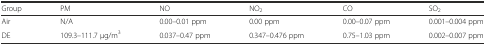
| Group | PM | NO | NO2 | CO | SO2 |
 | --- | --- | --- | --- | --- | --- |
 | Air | N/A | 0.00–0.01 ppm | 0.00 ppm | 0.00–0.07 ppm | 0.001–0.004 ppm |
 | DE | 109.3–111.7 μg/m3 | 0.037–0.47 ppm | 0.347–0.476 ppm | 0.75–1.03 ppm | 0.002–0.007 ppm |